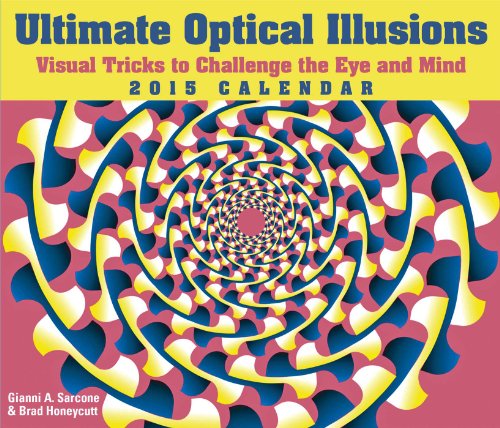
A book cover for Ultimate Optical Illusions 2015 Day-to-Day Calendar: Visual Tricks to Challenge the Eye and Mind; Gianni A. Sarcone; Calendars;